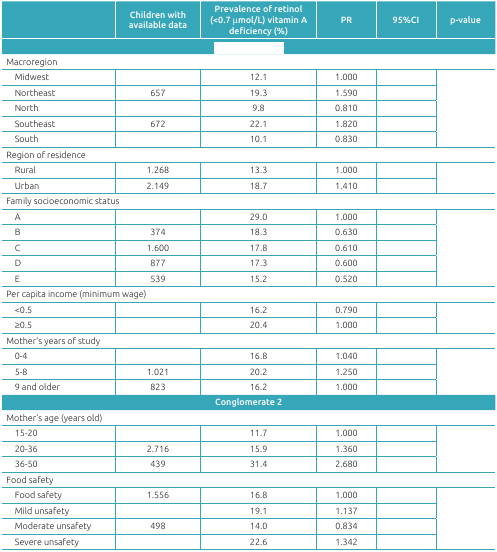
<table><thead><tr><td>[EMPTY_CELL]</td><td><b>Children with available data</b></td><td><b>Prevalence of retinol (&lt;0.7 μmol/L) vitamin Adeficiency (%) </b></td><td><b>PR</b></td><td><b>95%CI</b></td><td><b>p-value</b></td></tr><tr><td colspan="6">[EMPTY_CELL]</td></tr></thead><tbody><tr><td colspan="6">Macroregion </td></tr><tr><td>Midwest</td><td>[EMPTY_CELL]</td><td>12.1</td><td>1.000</td><td>[EMPTY_CELL]</td><td rowspan="5">[EMPTY_CELL]</td></tr><tr><td>Northeast</td><td>657</td><td>19.3</td><td>1.590</td><td>[EMPTY_CELL]</td></tr><tr><td>North</td><td>[EMPTY_CELL]</td><td>9.8</td><td>0.810</td><td>[EMPTY_CELL]</td></tr><tr><td>Southeast</td><td>672</td><td>22.1</td><td>1.820</td><td>[EMPTY_CELL]</td></tr><tr><td>South</td><td>[EMPTY_CELL]</td><td>10.1</td><td>0.830</td><td>[EMPTY_CELL]</td></tr><tr><td colspan="6">Region of residence </td></tr><tr><td>Rural</td><td>1.268</td><td>13.3</td><td>1.000</td><td>[EMPTY_CELL]</td><td rowspan="2">[EMPTY_CELL]</td></tr><tr><td>Urban</td><td>2.149</td><td>18.7</td><td>1.410</td><td>[EMPTY_CELL]</td></tr><tr><td colspan="6">Family socioeconomic status </td></tr><tr><td>A</td><td>[EMPTY_CELL]</td><td>29.0</td><td>1.000</td><td>[EMPTY_CELL]</td><td rowspan="5">[EMPTY_CELL]</td></tr><tr><td>B</td><td>374</td><td>18.3</td><td>0.630</td><td>[EMPTY_CELL]</td></tr><tr><td>C</td><td>1.600</td><td>17.8</td><td>0.610</td><td>[EMPTY_CELL]</td></tr><tr><td>D</td><td>877</td><td>17.3</td><td>0.600</td><td>[EMPTY_CELL]</td></tr><tr><td>E</td><td>539</td><td>15.2</td><td>0.520</td><td>[EMPTY_CELL]</td></tr><tr><td colspan="6">Per capita income (minimum wage) </td></tr><tr><td>&lt;0.5</td><td>[EMPTY_CELL]</td><td>16.2</td><td>0.790</td><td>[EMPTY_CELL]</td><td rowspan="2">[EMPTY_CELL]</td></tr><tr><td>≥0.5</td><td>[EMPTY_CELL]</td><td>20.4</td><td>1.000</td><td>[EMPTY_CELL]</td></tr><tr><td colspan="6">Mother’s years of study </td></tr><tr><td>0-4</td><td>[EMPTY_CELL]</td><td>16.8</td><td>1.040</td><td>[EMPTY_CELL]</td><td rowspan="3">[EMPTY_CELL]</td></tr><tr><td>5-8</td><td>1.021</td><td>20.2</td><td>1.250</td><td>[EMPTY_CELL]</td></tr><tr><td>9 and older</td><td>823</td><td>16.2</td><td>1.000</td><td>[EMPTY_CELL]</td></tr><tr><td colspan="6"><b>Conglomerate 2</b></td></tr><tr><td colspan="6">Mother’s age (years old) </td></tr><tr><td>15-20 </td><td>[EMPTY_CELL]</td><td>11.7</td><td>1.000</td><td>[EMPTY_CELL]</td><td rowspan="3">[EMPTY_CELL]</td></tr><tr><td>20-36 </td><td>2.716</td><td>15.9</td><td>1.360</td><td>[EMPTY_CELL]</td></tr><tr><td>36-50 </td><td>439</td><td>31.4</td><td>2.680</td><td>[EMPTY_CELL]</td></tr><tr><td colspan="6">Food safety </td></tr><tr><td>Food safety</td><td>1.556</td><td>16.8</td><td>1.000</td><td>[EMPTY_CELL]</td><td rowspan="4">[EMPTY_CELL]</td></tr><tr><td>Mild unsafety</td><td>[EMPTY_CELL]</td><td>19.1</td><td>1.137</td><td>[EMPTY_CELL]</td></tr><tr><td>Moderate unsafety</td><td>498</td><td>14.0</td><td>0.834</td><td>[EMPTY_CELL]</td></tr><tr><td>Severe unsafety</td><td>[EMPTY_CELL]</td><td>22.6</td><td>1.342</td><td>[EMPTY_CELL]</td></tr></tbody></table>